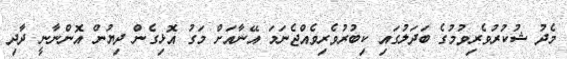
މެދު ޝުކުރުވެރިވުމުގެ ބަދަލުގައި ކިބުރުވެރިވެއްޖެނަމަ އޭނާއަށް މަގު އޮޅިގެން ދިޔުން އޮންނާނީ ދާދި